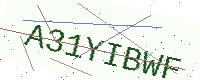
Text: A31YIBWF